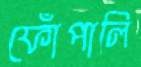
ফোঁপালি